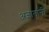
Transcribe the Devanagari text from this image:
अज्ञातांनी